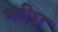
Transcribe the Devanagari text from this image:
भाीघ्र